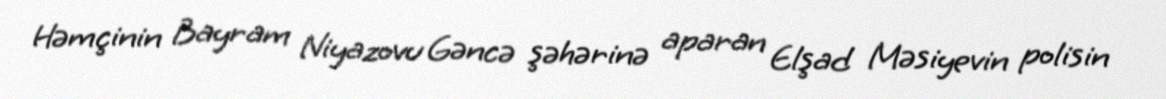
Həmçinin Bayram Niyazovu Gəncə şəhərinə aparan Elşad Məsiyevin polisin